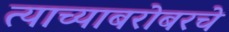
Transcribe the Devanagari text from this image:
त्याच्याबरोबरचे